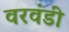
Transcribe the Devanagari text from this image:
वरवंडी